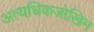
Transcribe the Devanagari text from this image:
अत्यधिकजोखिम